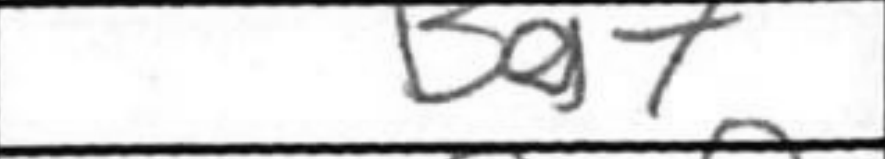
Transcription: Bg7